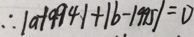
\therefore \vert a - 1 9 9 4 \vert + \vert b - 1 9 9 5 \vert = 0